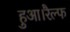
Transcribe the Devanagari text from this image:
हुआ।रैल्फ